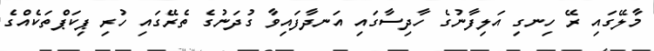
މާލޭގައި ރޭ ހިނގި އަލިފާނުގެ ހާދިސާގައި އަނދާފައިވާ ގުދަނުގެ ތެރޭގައި ހުރި ޕިކަޕްތަކެއްގެ